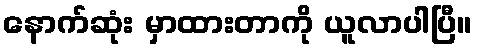
နောက်ဆုံး မှာထားတာကို ယူလာပါပြီ။